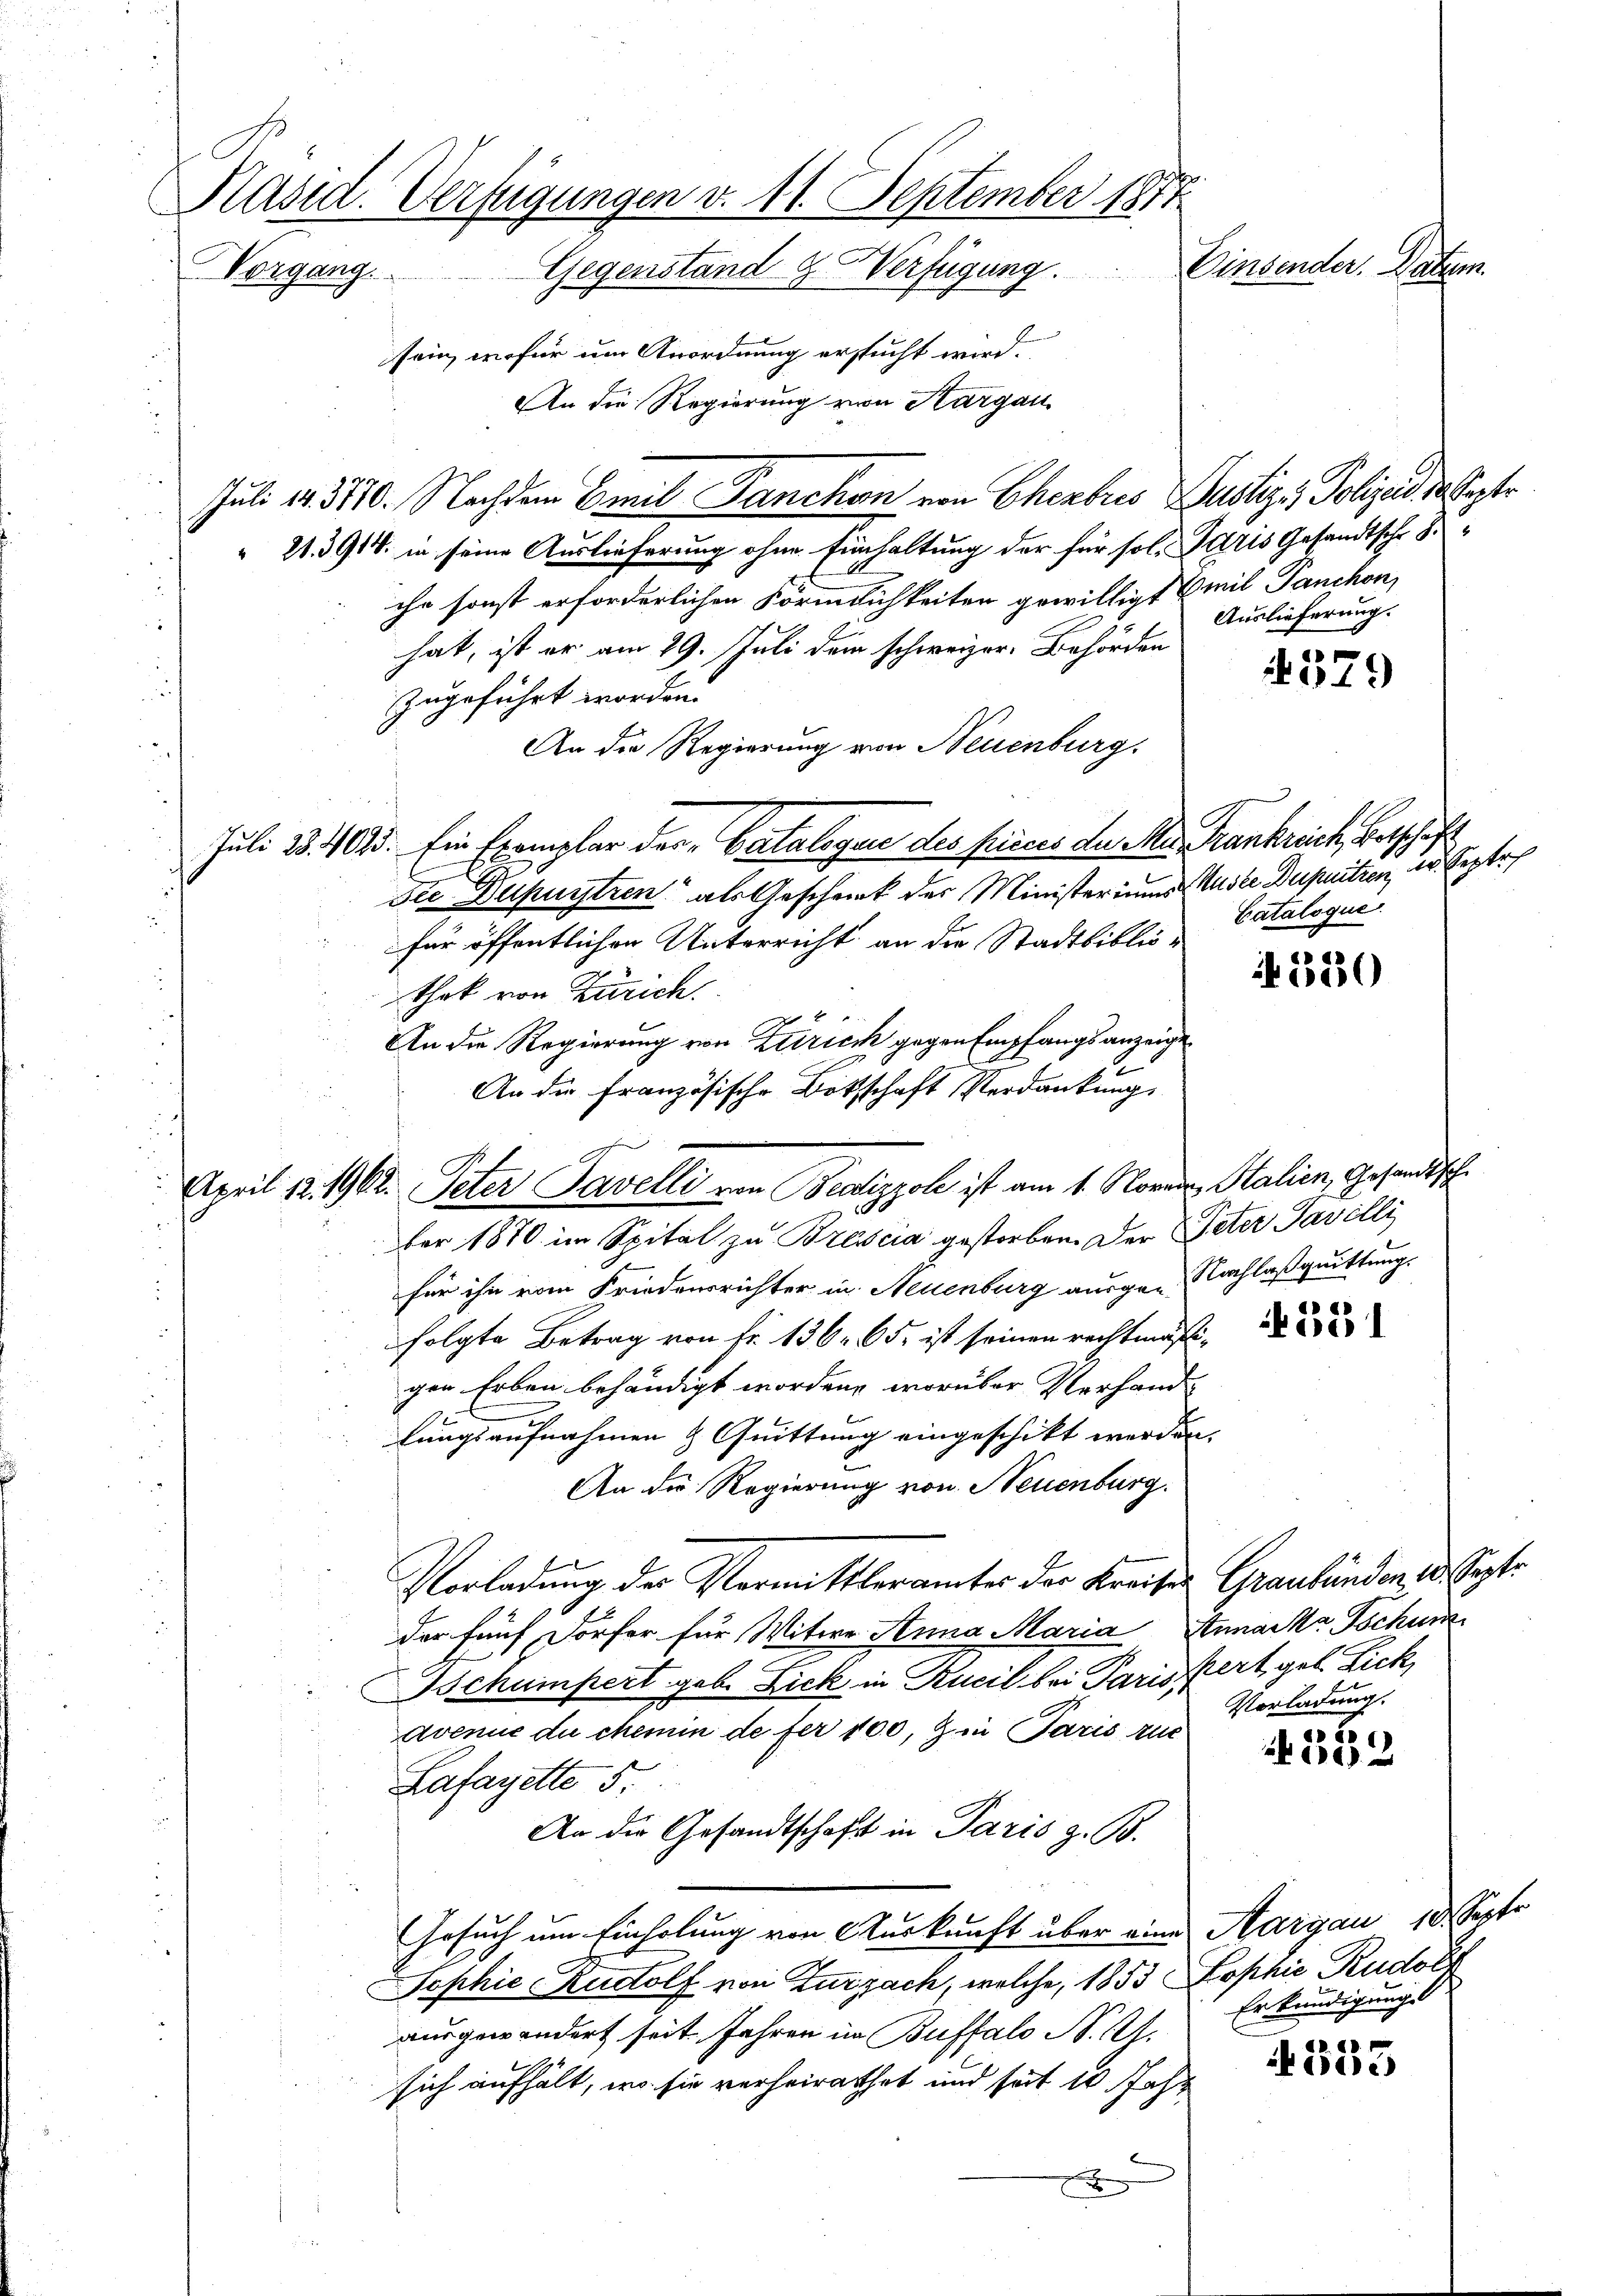
Präsid. Verfügungen v. 11. September 1877
Vorgang. Gegenstand & Verfügung. Einsender. Datum
sein, wofür um Anordnung ersucht wird.

An die Regierung von Aargau
Juli d. 3110. Nachdem Emil Danckan von Chembris Justiz - Polizeid, 3 Septe
“ 21. 391. in seine Auslieferung ohne Einhaltung der für sol. Paris Gesandtsche S
ihr sonst erforderlichen Förmlichkeiten gewilligt Emil Panchon,
Auslieferung.
hat, ist er am 29. Juli dem schweizer. Behörden
zugeführt worden.
An die Regierung von Neuenburg.
Juli 23. 40. Ein Exemplar der „Catalogen des Princes der Ster Frankreich, Betschäft
die Dupuntren“ als Geschreck des Ministeriums Muste Dupuitien, dr. Septe
für öffentlichen Unterricht an die Stadtbibliothek von Zürich.
An die Regierung von Zürich gegen Empfangsanzeige
An die französische Botschaft Verdankung
für ihn vom Friedensrichter in Neuenburg ausge-Nachlaßquittung.
folgte Betrag von Fr. 136. 65. ist seinen rechtmäß
gen Erben behändigt worden, worüber Verhand-
lungsaufnahmen & Quittung eingeschikt werden.
An die Regierung von Neuenburg.
1
Vorladung der Vermittlerämter der Kreises Graubünden 10. Septe
der fünf Dorfer für Witwe Anna Maria Annaska Tochum
Tschumpert geb. Lick in Rucil bei Parissert geb. Lick,
Vorladung.
avenue du chemin de fer 100, Z in Paris zur
8
 20 x
Lafarette 5.
An die Gesandtschaft in Paris z. B.
Gesuch um Einholung von Auskunft über eine Aargau 10. Septe
Sophie Rudolf von Zurzach, welche, 1853 ophie Rudol
Erkundigung
ausgewandert seit Jahren in Buffalo N. Z.
GR. 68
isie
sich aufhält, wo sie verheirathet und seit 10 Jahr
E

April 12. 1962. Peter Tavelli von Bedizzole ist am 1. Nover, Stalien, Gesandtschfer 1870 im Spital zu Brescia gestorben. Der Peter Pavilli

4379

Catalogué.

520